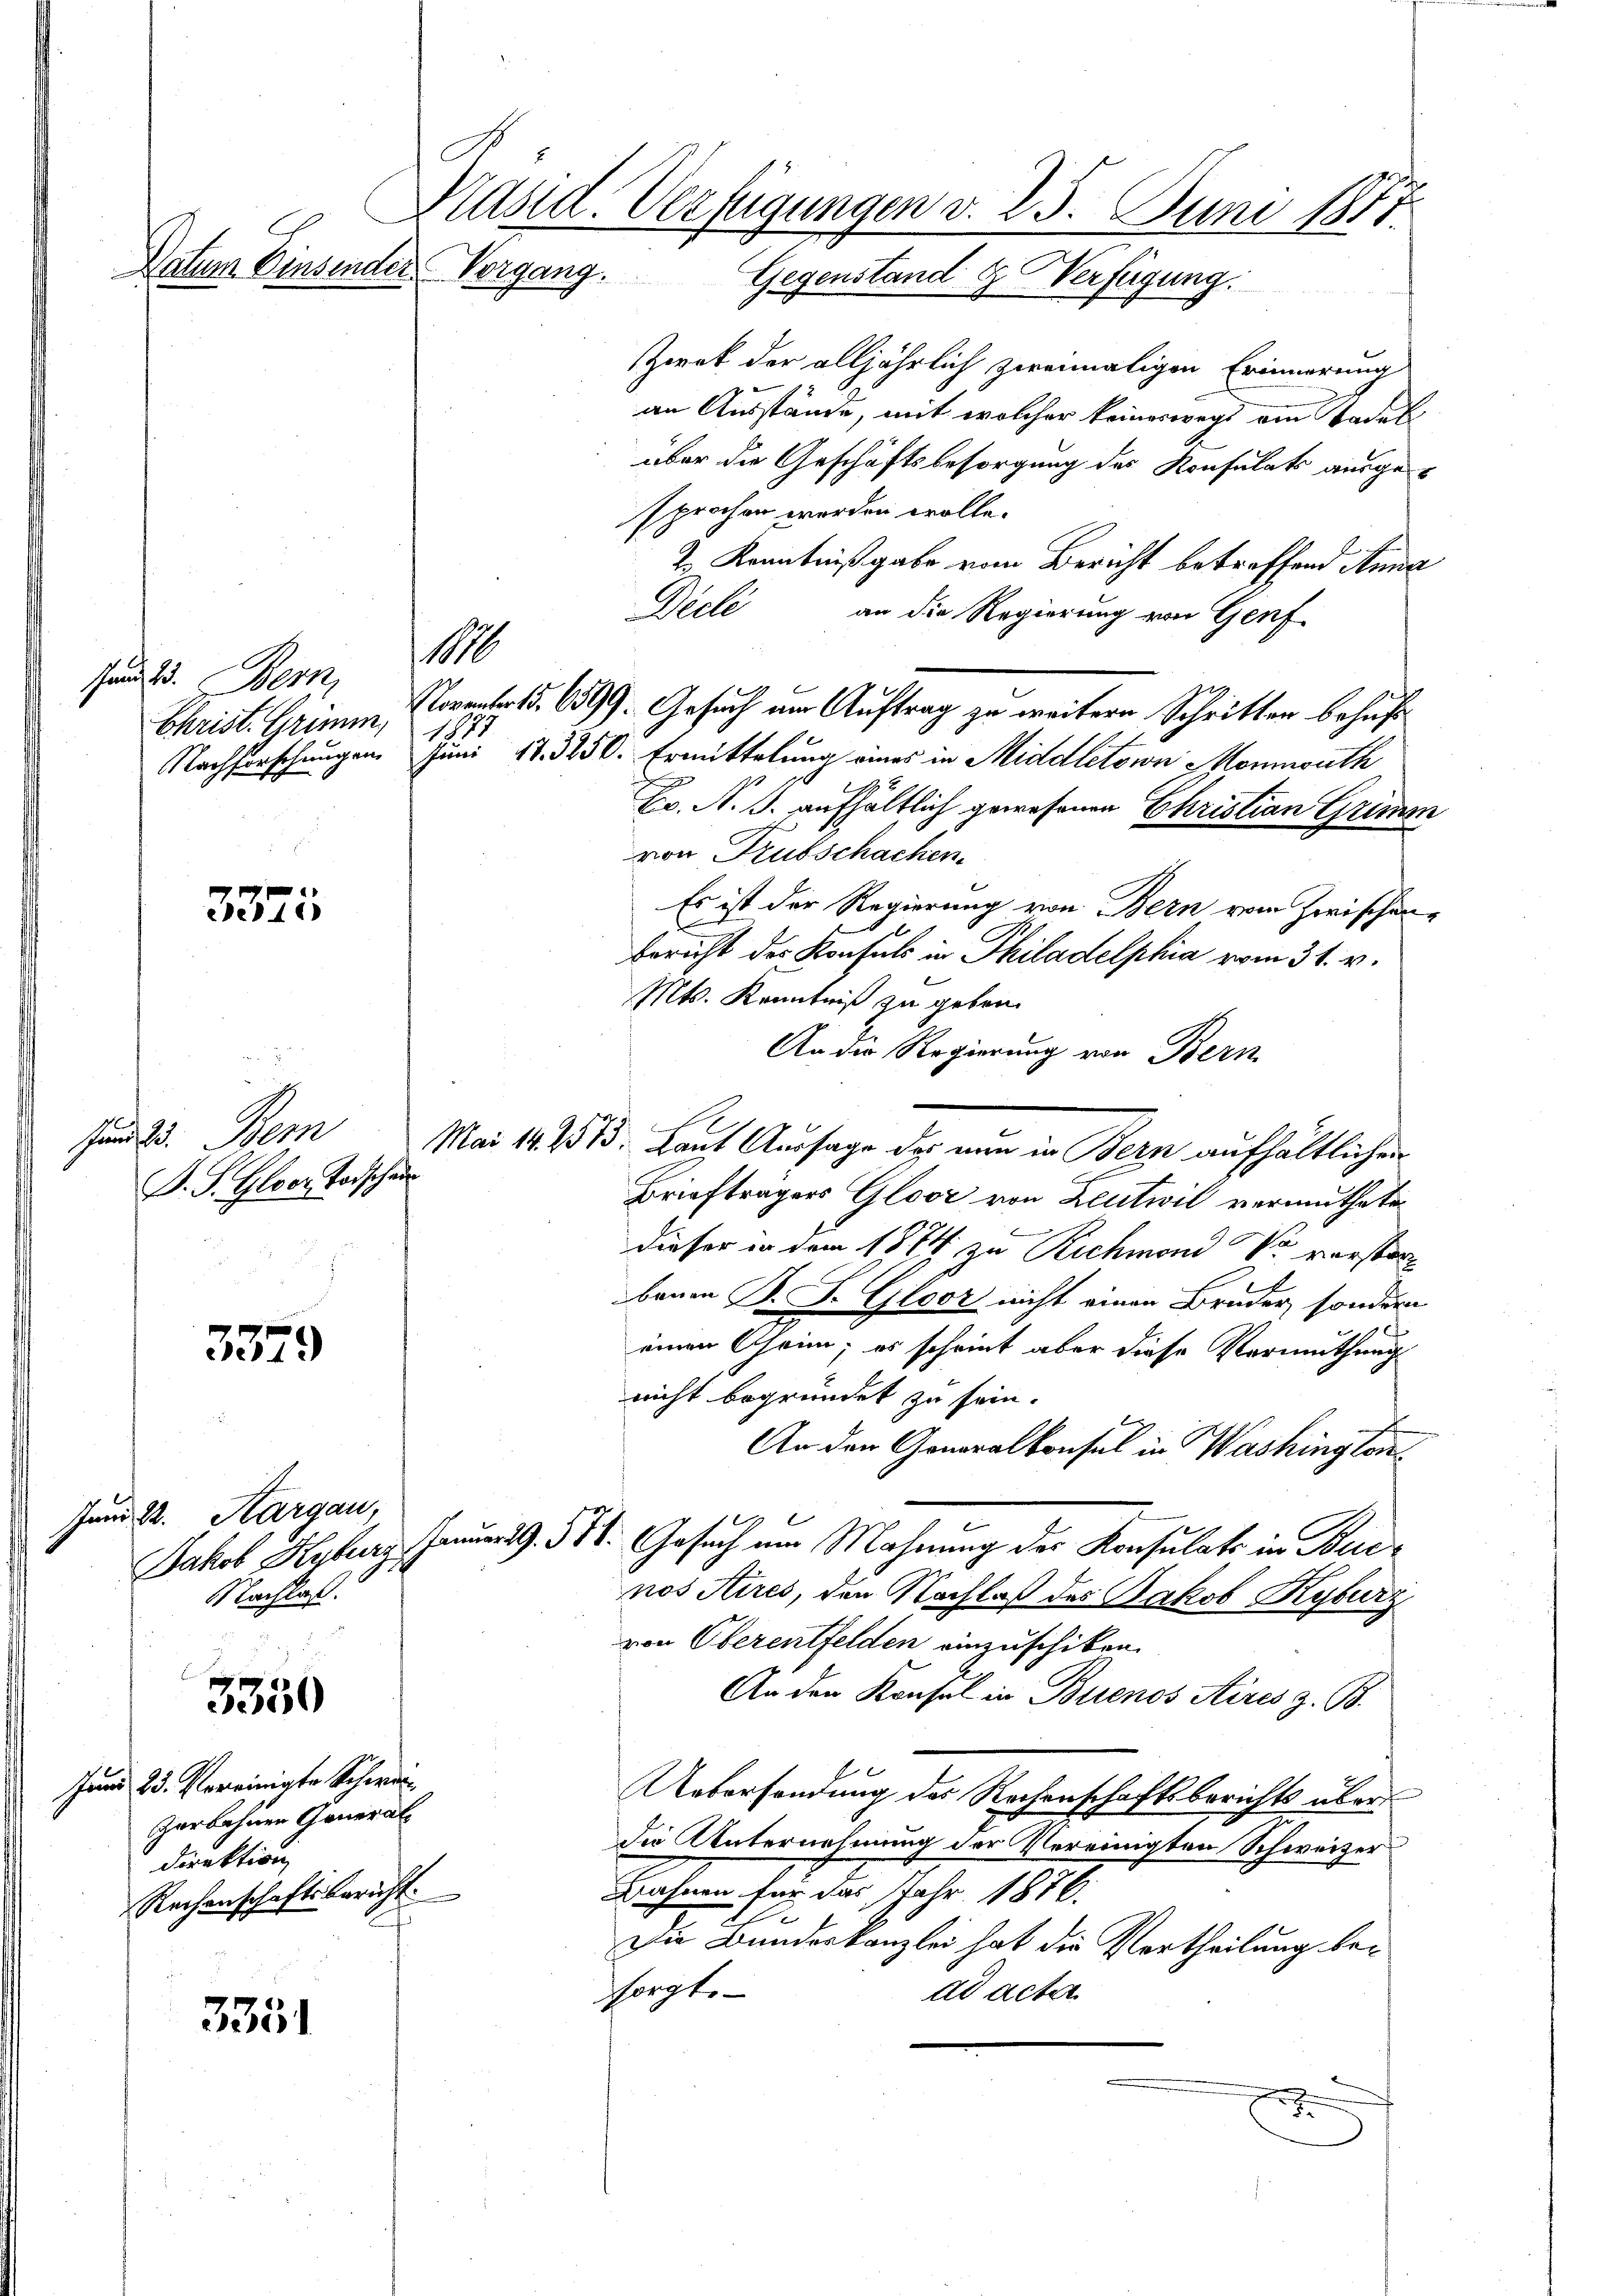
Ja 2. Bern
Christ. Grimm,
Nachforschungen.

Präsid. Verfügungen d. 25. Juni 1877.
Datum Einsender Vorgang. Gegenstand & Verfügung.

3375

Jund 2. Bern
D. S. Gloor Todschaus

3379

Juni d. Aargau,
Nachlaß.

3350

3351

10

Zwek der alljährlich zweimaligen Erinnerung
an Ausstände, mit welcher keineswegs am Stadel
über die Geschäftsbesorgung des Konsulats ausgesprochen worden wolle.
2.) Kenntnißgabe vom Bericht betreffend Anna
Decte an die Regierung von Genf-
November d. 6599. Gesuch um Auftrag zu weitern Schritten behufs
Juni 17. 3250. Ermittelung eines in Middletown Monmouth
Br. N. S. aufhältlich gewesenen Christian Grimm
von Trubschachen.
Es ist der Regierung von Bern vom zwischen
.
bericht des Konsuls in Philadelphia vom 31. v.
Mts. Kenntniß zu geben.
An die Regierung von Bern
Mai 14. 2575. Laut Aussage das nun in Bern aufhältlichen
Briefträgers Gloor von Zeutwil vermuthete
dieser in dem 1874 zu Richmond So verstor
berau P. F. Gloor nicht einen Bruder, sondern
einen Chrim; es scheint aber diese Vermuthung
nicht begründet zu sein.
An den Generalkonsul in Washington
Jakob Heuherz. Juni d. 311. Gesuch um Mahnung der Konsulats in Buenos Aires, den Nachlaß des Jakob Kyburz
von Oberentfelden einzuschiken.
An den Konsul in Buenos Aires z. B.
Uebersendung des Rochenschaftsberichts über
Die Unternehmung der Vereinigten Schweizer
Bahnen für das Jahr 1876.
Du Bundeskanzlei hat die Vertheilung besorgt.
dd acter

Jund 23. Vereinigte Schweizerbahnen General
Direktion
Rechenschaftsbericht.

1875